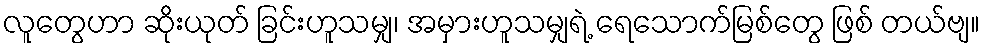
လူတွေဟာ ဆိုးယုတ် ခြင်းဟူသမျှ၊ အမှားဟူသမျှရဲ့ ရေသောက်မြစ်တွေ ဖြစ် တယ်ဗျ။